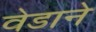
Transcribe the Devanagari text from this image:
वेडाने